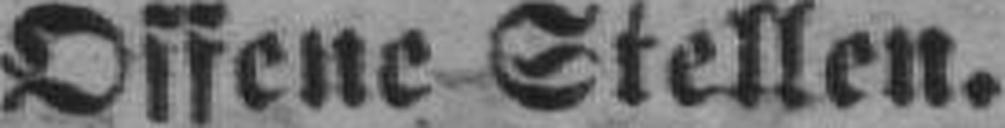
Offene Stellen.